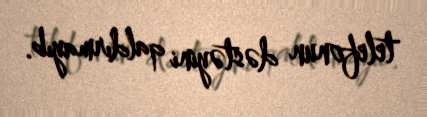
telefonun dəstəyini qaldırmayıb.